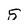
Character: 5